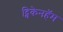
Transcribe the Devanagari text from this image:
ट्विकेनहॅम